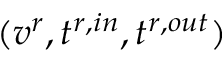
( v ^ { r } , t ^ { r , i n } , t ^ { r , o u t } )